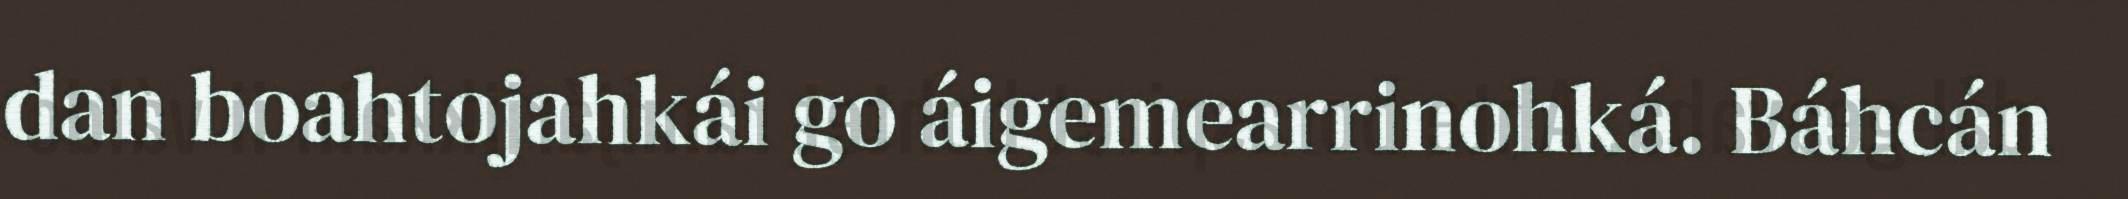
dan boahtojahkái go áigemearrinohká. Báhcán